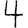
Digit: 4